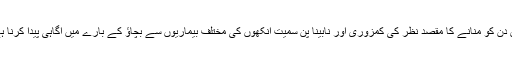
اس دن کو منانے کا مقصد نظر کی کمزوری اور نابینا پن سمیت آنکھوں کی مختلف بیماریوں سے بچاؤ کے بارے میں آگاہی پیدا کرنا ہے۔